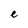
Character: e